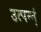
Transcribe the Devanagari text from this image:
उत्‍पन्‍न्‍ा